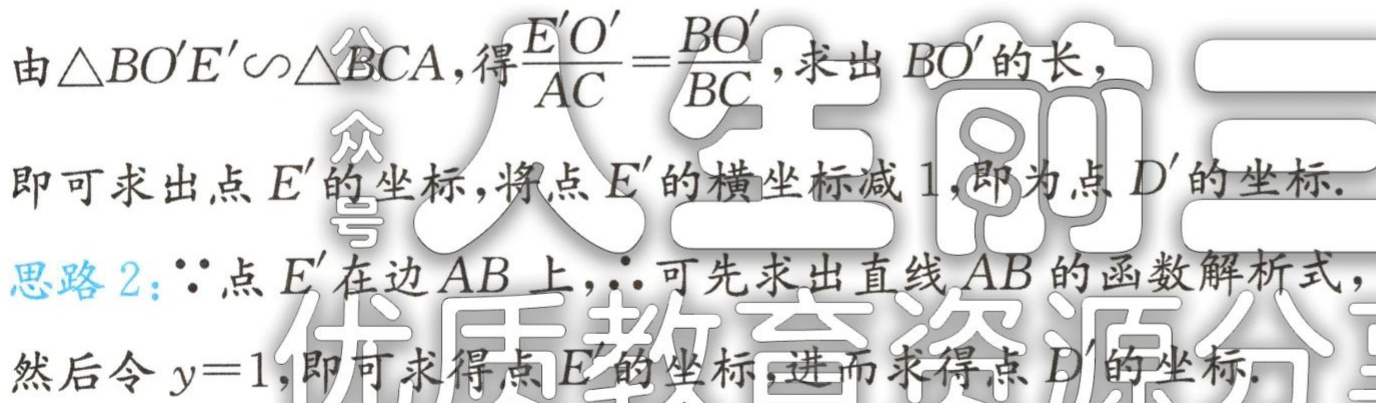
由\(\triangle BO'E'\sim\triangle BCA\)，得\(\frac{E'O'}{AC}=\frac{BO'}{BC}\)，求出 \(BO'\) 的长，

即可求出点 \(E'\) 的坐标，将点 \(E'\) 的横坐标减 \(1\)，即为点 \(D'\) 的坐标.

思路2：\(\because\)点 \(E'\) 在边 \(AB\) 上，\(\therefore\)可先求出直线 \(AB\) 的函数解析式，

然后令 \(y = 1\)，即可求得点 \(E'\) 的坐标，进而求得点 \(D'\) 的坐标.